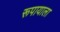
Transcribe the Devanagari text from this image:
रूपायाला